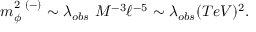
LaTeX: m _ { \phi } ^ { 2 \ ( - ) } \sim \lambda _ { o b s } \ M ^ { - 3 } \ell ^ { - 5 } \sim \lambda _ { o b s } ( T e V ) ^ { 2 } .